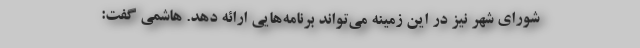
شورای شهر نیز در این زمینه می‌تواند برنامه‌هایی ارائه دهد. هاشمی گفت: